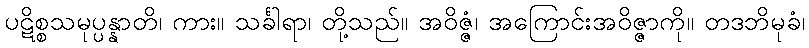
ပဋိစ္စသမုပ္ပန္နာတိ၊ ကား။ သင်္ခါရာ၊ တို့သည်။ အဝိဇ္ဇံ၊ အကြောင်းအဝိဇ္ဇာကို။ တဒဘိမုခံ၊